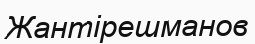
Жантірешманов